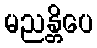
မညန္တိပေ